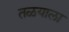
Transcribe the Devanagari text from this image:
तळयाला